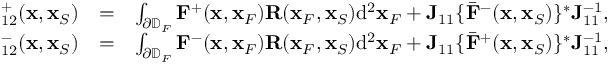
\begin{array} { r l r } { { \bf \Gamma } _ { 1 2 } ^ { + } ( { \bf x } , { \bf x } _ { S } ) } & { = } & { \int _ { \partial \mathbb { D } _ { F } } { \bf F } ^ { + } ( { \bf x } , { \bf x } _ { F } ) { \bf R } ( { \bf x } _ { F } , { \bf x } _ { S } ) \mathrm { d } ^ { 2 } { \bf x } _ { F } + { \bf J } _ { 1 1 } \{ { { \bar { \bf F } } } ^ { - } ( { \bf x } , { \bf x } _ { S } ) \} ^ { * } { \bf J } _ { 1 1 } ^ { - 1 } , } \\ { { \bf \Gamma } _ { 1 2 } ^ { - } ( { \bf x } , { \bf x } _ { S } ) } & { = } & { \int _ { \partial \mathbb { D } _ { F } } { \bf F } ^ { - } ( { \bf x } , { \bf x } _ { F } ) { \bf R } ( { \bf x } _ { F } , { \bf x } _ { S } ) \mathrm { d } ^ { 2 } { \bf x } _ { F } + { \bf J } _ { 1 1 } \{ { { \bar { \bf F } } } ^ { + } ( { \bf x } , { \bf x } _ { S } ) \} ^ { * } { \bf J } _ { 1 1 } ^ { - 1 } , } \end{array}